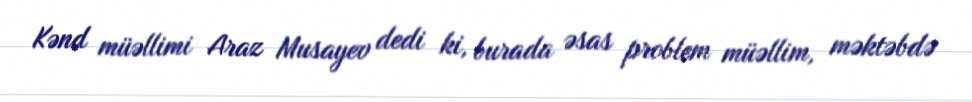
Kənd müəllimi Araz Musayev dedi ki, burada əsas problem müəllim, məktəbdə